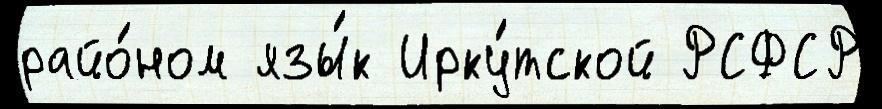
райо́ном язы́к Ирку́тской РСФСР